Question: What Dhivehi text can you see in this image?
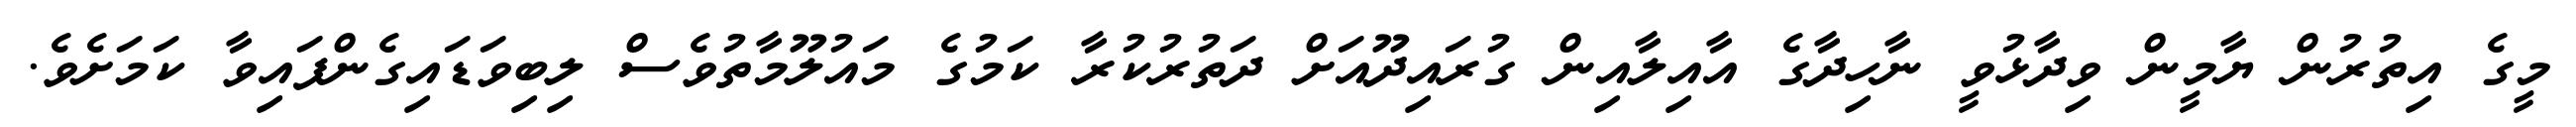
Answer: މީގެ އިތުރުން ޔާމީން ވިދާޅުވީ ނާހިދާގެ އާއިލާއިން ގުރައިދޫއަށް ދަތުރުކުރާ ކަމުގެ މައުލޫމާތުވެސް ލިބިވަޑައިގެންފައިވާ ކަމަށެވެ.